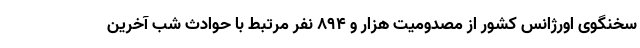
سخنگوی اورژانس کشور از مصدومیت هزار و ۸۹۴ نفر مرتبط با حوادث شب آخرین